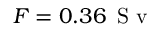
F = 0 . 3 6 \, \mathrm { ~ S ~ v ~ }